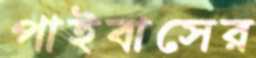
পাইবাসের